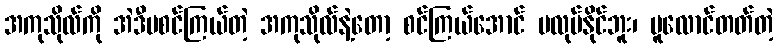
အကုသိုလ်ကို အဲဒီမစင်ကြယ်တဲ့ အကုသိုလ်နဲ့တော့ စင်ကြယ်အောင် မလုပ်နိုင်ဘူး၊ ပူလောင်တတ်တဲ့